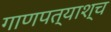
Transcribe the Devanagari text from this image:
गाणपत्याश्च